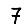
Digit: 7